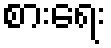
စားရေး